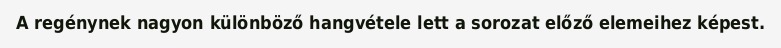
A regénynek nagyon különböző hangvétele lett a sorozat előző elemeihez képest.